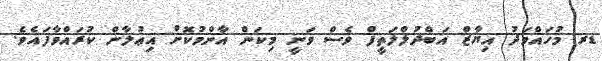
ޑރ މުހައްމަދު އިޔާޒް އަބްދުލްލަތީފް ވެސް ވަނީ މިކަން އާންމުކޮށް އިޢުލާން ކުރައްވާފައެވެ.